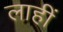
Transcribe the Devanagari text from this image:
लाहीं